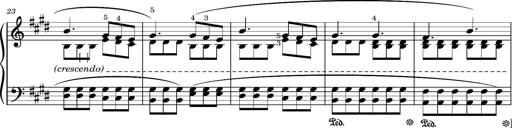
Title: Romance oubliÃ©e
Composer: Franz Liszt